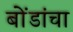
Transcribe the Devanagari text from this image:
बोंडांचा